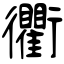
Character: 衢